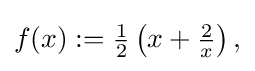
{\textstyle f(x):={\frac {1}{2}}\left(x+{\frac {2}{x}}\right),}